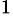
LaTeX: ^1